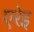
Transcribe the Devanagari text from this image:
एरेइ